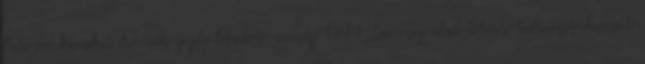
háromkerekű kocsik gyártására, amíg 1971-ben az első Titan tehergépkocsit